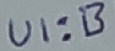
Text: UI:B